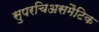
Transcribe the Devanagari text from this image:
सुपरचिअसमैटिक